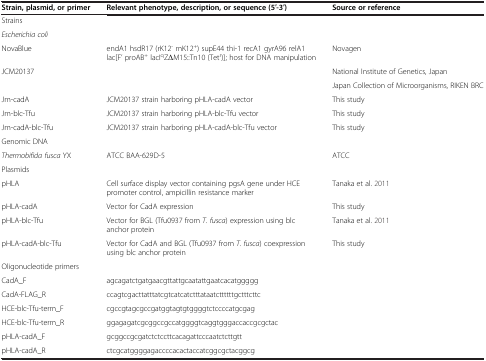
<table><thead><tr><td><b>Strain, plasmid, or primer</b></td><td><b>Relevant phenotype, description, or sequence (5′-3′)</b></td><td><b>Source or reference</b></td></tr></thead><tbody><tr><td>Strains</td><td> </td><td> </td></tr><tr><td><i>Escherichia coli</i></td><td> </td><td> </td></tr><tr><td>NovaBlue</td><td>endA1 hsdR17 (rK12<sup>-</sup> mK12<sup>+</sup>) supE44 thi-1 recA1 gyrA96 relA1 lac[F’ proAB<sup>+</sup> lacI<sup>q</sup>ZΔM15::Tn10 (Tet<sup>r</sup>)]; host for DNA manipulation</td><td>Novagen</td></tr><tr><td rowspan="2">JCM20137</td><td rowspan="2"> </td><td>National Institute of Genetics, Japan</td></tr><tr><td>Japan Collection of Microorganisms, RIKEN BRC</td></tr><tr><td>Jm-cadA</td><td>JCM20137 strain harboring pHLA-cadA vector</td><td>This study</td></tr><tr><td>Jm-blc-Tfu</td><td>JCM20137 strain harboring pHLA-blc-Tfu vector</td><td>This study</td></tr><tr><td>Jm-cadA-blc-Tfu</td><td>JCM20137 strain harboring pHLA-cadA-blc-Tfu vector</td><td>This study</td></tr><tr><td>Genomic DNA</td><td> </td><td> </td></tr><tr><td><i>Thermobifida fusca</i> YX</td><td>ATCC BAA-629D-5</td><td>ATCC</td></tr><tr><td>Plasmids</td><td> </td><td> </td></tr><tr><td>pHLA</td><td>Cell surface display vector containing pgsA gene under HCE promoter control, ampicillin resistance marker</td><td>Tanaka et al. 2011</td></tr><tr><td>pHLA-cadA</td><td>Vector for CadA expression</td><td>This study</td></tr><tr><td>pHLA-blc-Tfu</td><td>Vector for BGL (Tfu0937 from <i>T. fusca</i>) expression using blc anchor protein</td><td>Tanaka et al. 2011</td></tr><tr><td>pHLA-cadA-blc-Tfu</td><td>Vector for CadA and BGL (Tfu0937 from <i>T. fusca</i>) coexpression using blc anchor protein</td><td>This study</td></tr><tr><td>Oligonucleotide primers</td><td> </td><td> </td></tr><tr><td>CadA_F</td><td>agcagatctgatgaacgttattgcaatattgaatcacatggggg</td><td> </td></tr><tr><td>CadA-FLAG_R</td><td>ccagtcgacttatttatcgtcatcatctttataatcttttttgctttcttc</td><td> </td></tr><tr><td>HCE-blc-Tfu-term_F</td><td>cgccgtagcgccgatggtagtgtggggtctccccatgcgag</td><td> </td></tr><tr><td>HCE-blc-Tfu-term_R</td><td>ggagagatcgcggccgccatggggtcaggtgggaccaccgcgctac</td><td> </td></tr><tr><td>pHLA-cadA_F</td><td>gcggccgcgatctctccttcacagattcccaatctcttgtt</td><td> </td></tr><tr><td>pHLA-cadA_R</td><td>ctcgcatggggagaccccacactaccatcggcgctacggcg</td><td> </td></tr></tbody></table>